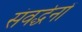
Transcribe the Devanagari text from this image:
संवर्द्धनों